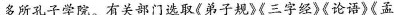
多所孔子学院。有关部门选取《弟子规》《三字经》《论语》《孟